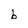
Character: b